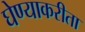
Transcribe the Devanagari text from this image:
घेण्याकरीता